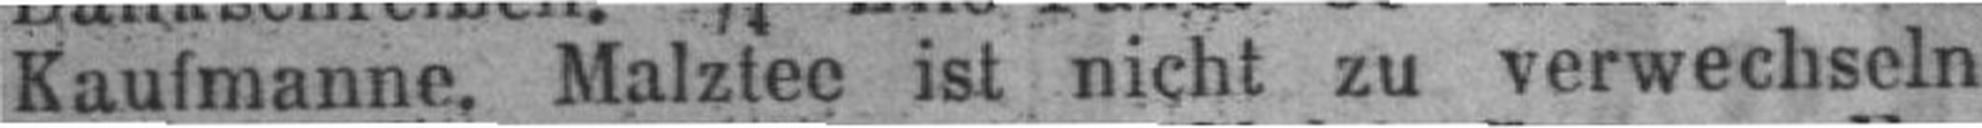
Kaufmanne, Malztec ist nicht zu verwechseln